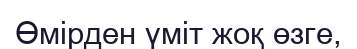
Өмірден үміт жоқ өзге,